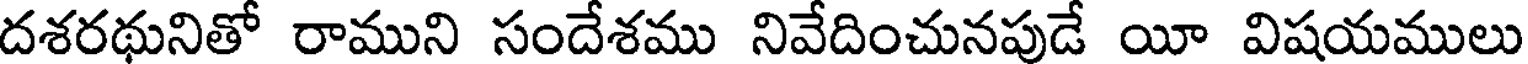
దశరథునితో రాముని సందేశము నివేదించునపుడే యీ విషయములు